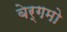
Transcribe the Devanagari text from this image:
बेर्गमो